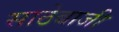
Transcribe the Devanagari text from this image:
साठेबाजी